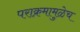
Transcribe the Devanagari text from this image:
पराक्रमामुळेच